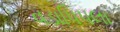
વડાપિપલા